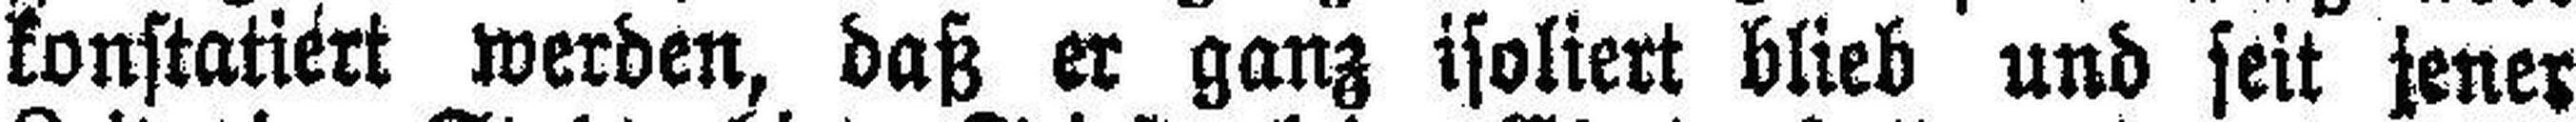
konstatiert werden, daß er ganz isoliert blieb und seit jener